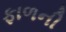
ફાળની